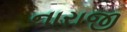
નારાજી